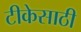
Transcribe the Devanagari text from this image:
टीकेसाठी